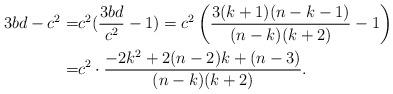
LaTeX: \begin{align*}3bd-c^2=&c^2(\dfrac{3bd}{c^2}-1)=c^2\left(\dfrac{3(k+1)(n-k-1)}{(n-k)(k+2)}-1\right)\\=&c^2\cdot\dfrac{-2k^2+2(n-2)k+(n-3)}{(n-k)(k+2)}.\end{align*}